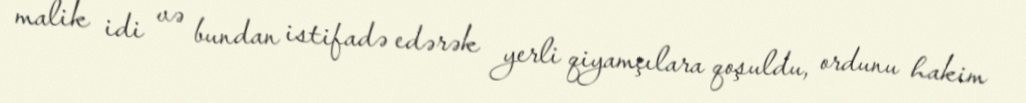
malik idi və bundan istifadə edərək yerli qiyamçılara qoşuldu, ordunu hakim